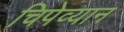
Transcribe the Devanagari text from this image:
चिपेव्यान